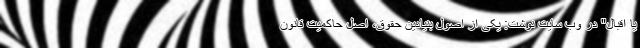
یا اقبال" در وب سایت نوشت: یکی از اصول بنیادین حقوق، اصل حاکمیت قانون